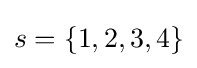
s=\lbrace 1,2,3,4\rbrace